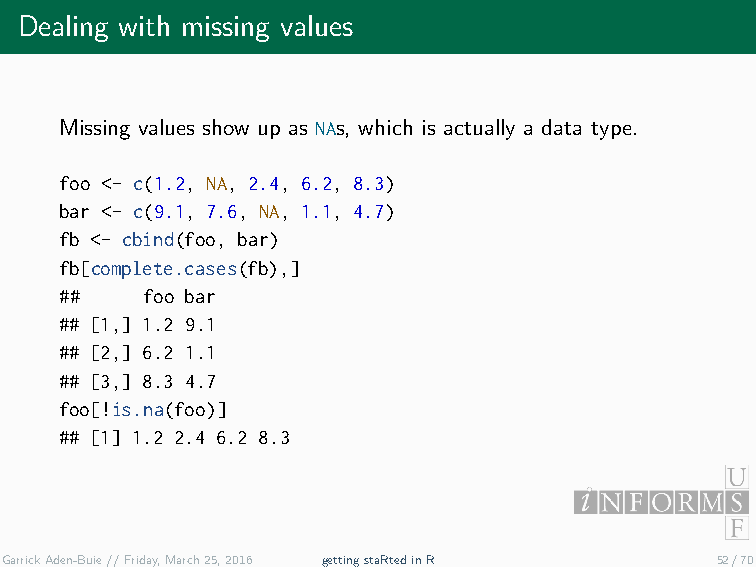
Dealing with missing values
 Missing values show up as NAs, which is actually a data type.
 foo <- c(1.2, NA, 2.4, 6.2, 8.3)
 bar <- c(9.1, 7.6, NA, 1.1, 4.7)
 fb <- cbind(foo, bar)
 fb[complete.cases(fb),]
 ##   foo bar
 ## [1,] 1.2 9.1
 ## [2,] 6.2 1.1
 ## [3,] 8.3 4.7
 foo[!is.na(foo)]
 ## [1] 1.2 2.4 6.2 8.3
 GarrickAden-Buie//Friday,March25,2016 gettingstaRtedinR 52/70